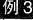
例3